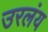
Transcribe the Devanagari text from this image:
उरलंय